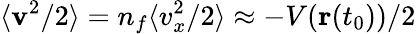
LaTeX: \langle\textbf{v}^{2}/2\rangle=n_{f}\langle v_{x}^{2}/2\rangle\approx-V(\textbf{r}(t_{0}))/2